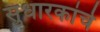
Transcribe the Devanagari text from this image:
सुधारकांचे